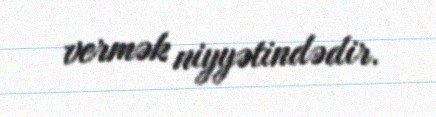
vermək niyyətindədir.